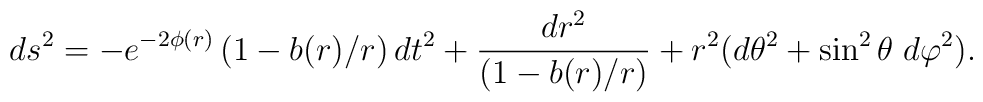
ds^2 = - e^{-2\phi(r)} \left(1 - b(r)/r\right)dt^2       + {dr^2\over\left( 1 - b(r)/r \right)}       + r^2(d\theta^2 + \sin^2\theta \; d\varphi^2).